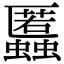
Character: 䘌